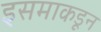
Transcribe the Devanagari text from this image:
इसमाकडून